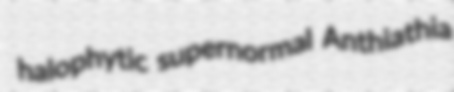
halophytic supernormal Anthiathia